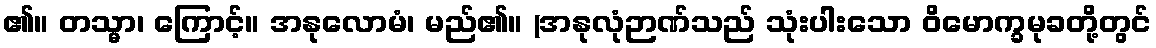
၏။ တသ္မာ၊ ကြောင့်။ အနုလောမံ၊ မည်၏။ (အနုလုံဉာဏ်သည် သုံးပါးသော ဝိမောက္ခမုခတို့တွင်